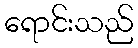
ရောင်းသည်